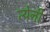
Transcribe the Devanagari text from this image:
त्येनी